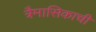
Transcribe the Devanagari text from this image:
त्रैमासिकाची